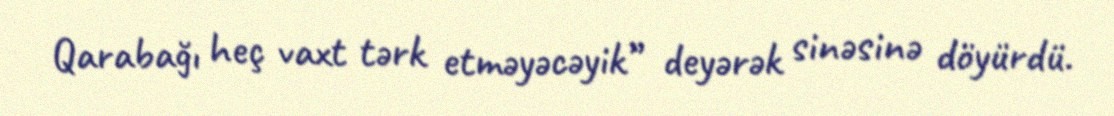
Qarabağı heç vaxt tərk etməyəcəyik” deyərək sinəsinə döyürdü.